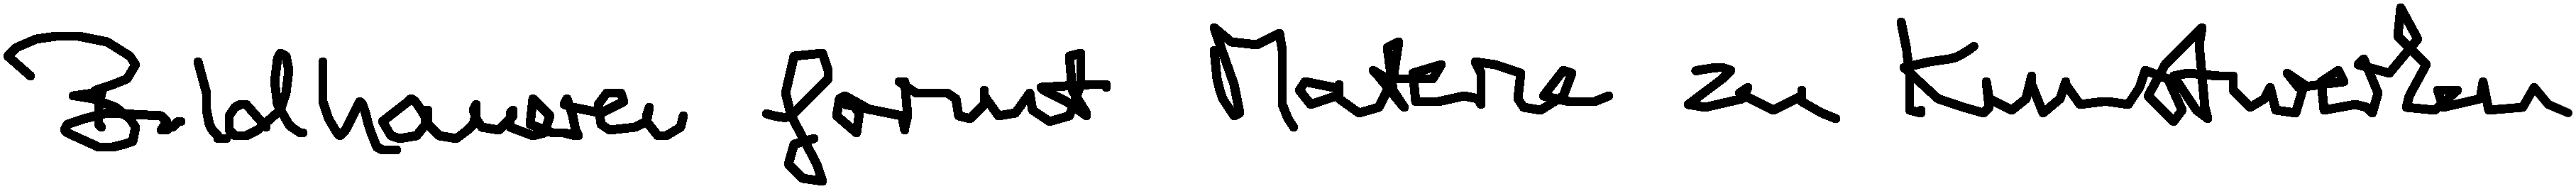
Bildhauerei formt Materie zu Kunstwerken.